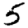
Digit: 5